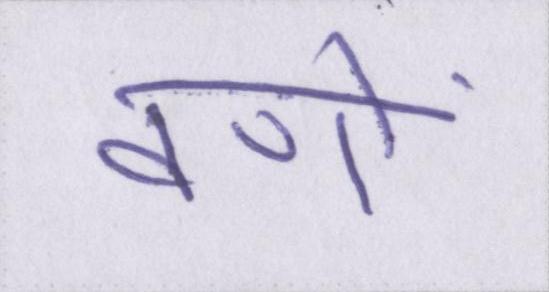
वणों